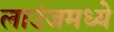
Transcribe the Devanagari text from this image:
लाउंजमध्ये